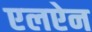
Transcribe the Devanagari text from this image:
एलऐन